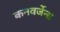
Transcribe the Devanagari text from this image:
कनवर्जेन्स